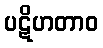
ပဋိဟတာဝ